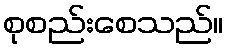
စုစည်းစေသည်။